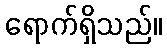
ရောက်ရှိသည်။